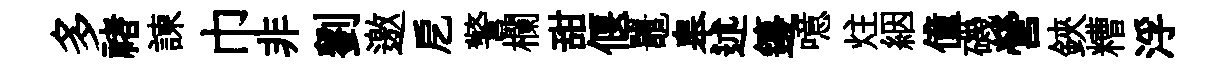
多禇諫巾非劉邀戹警欄甜偃鼉皋述籩噫炷絪僮磯營鋏糟浮